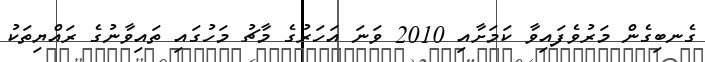
ގެނބިގެން މަރުވެފައިވާ ކަމަށާއި 2010 ވަނަ އަހަރުގެ މާޗު މަހުގައި ތައިވާނުގެ ރައްޔިތަކު